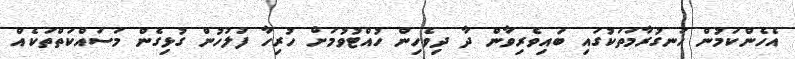
އެހެންކަމުން ހަނގުރާމަތަކުގައި ބައިވެރިވާން ދާ ދިވެހިން ހުއްޓުވުމަށް ހުރިހާ ފުލުހުން ގުޅިގެން މަސައްކަތްތަކެއް